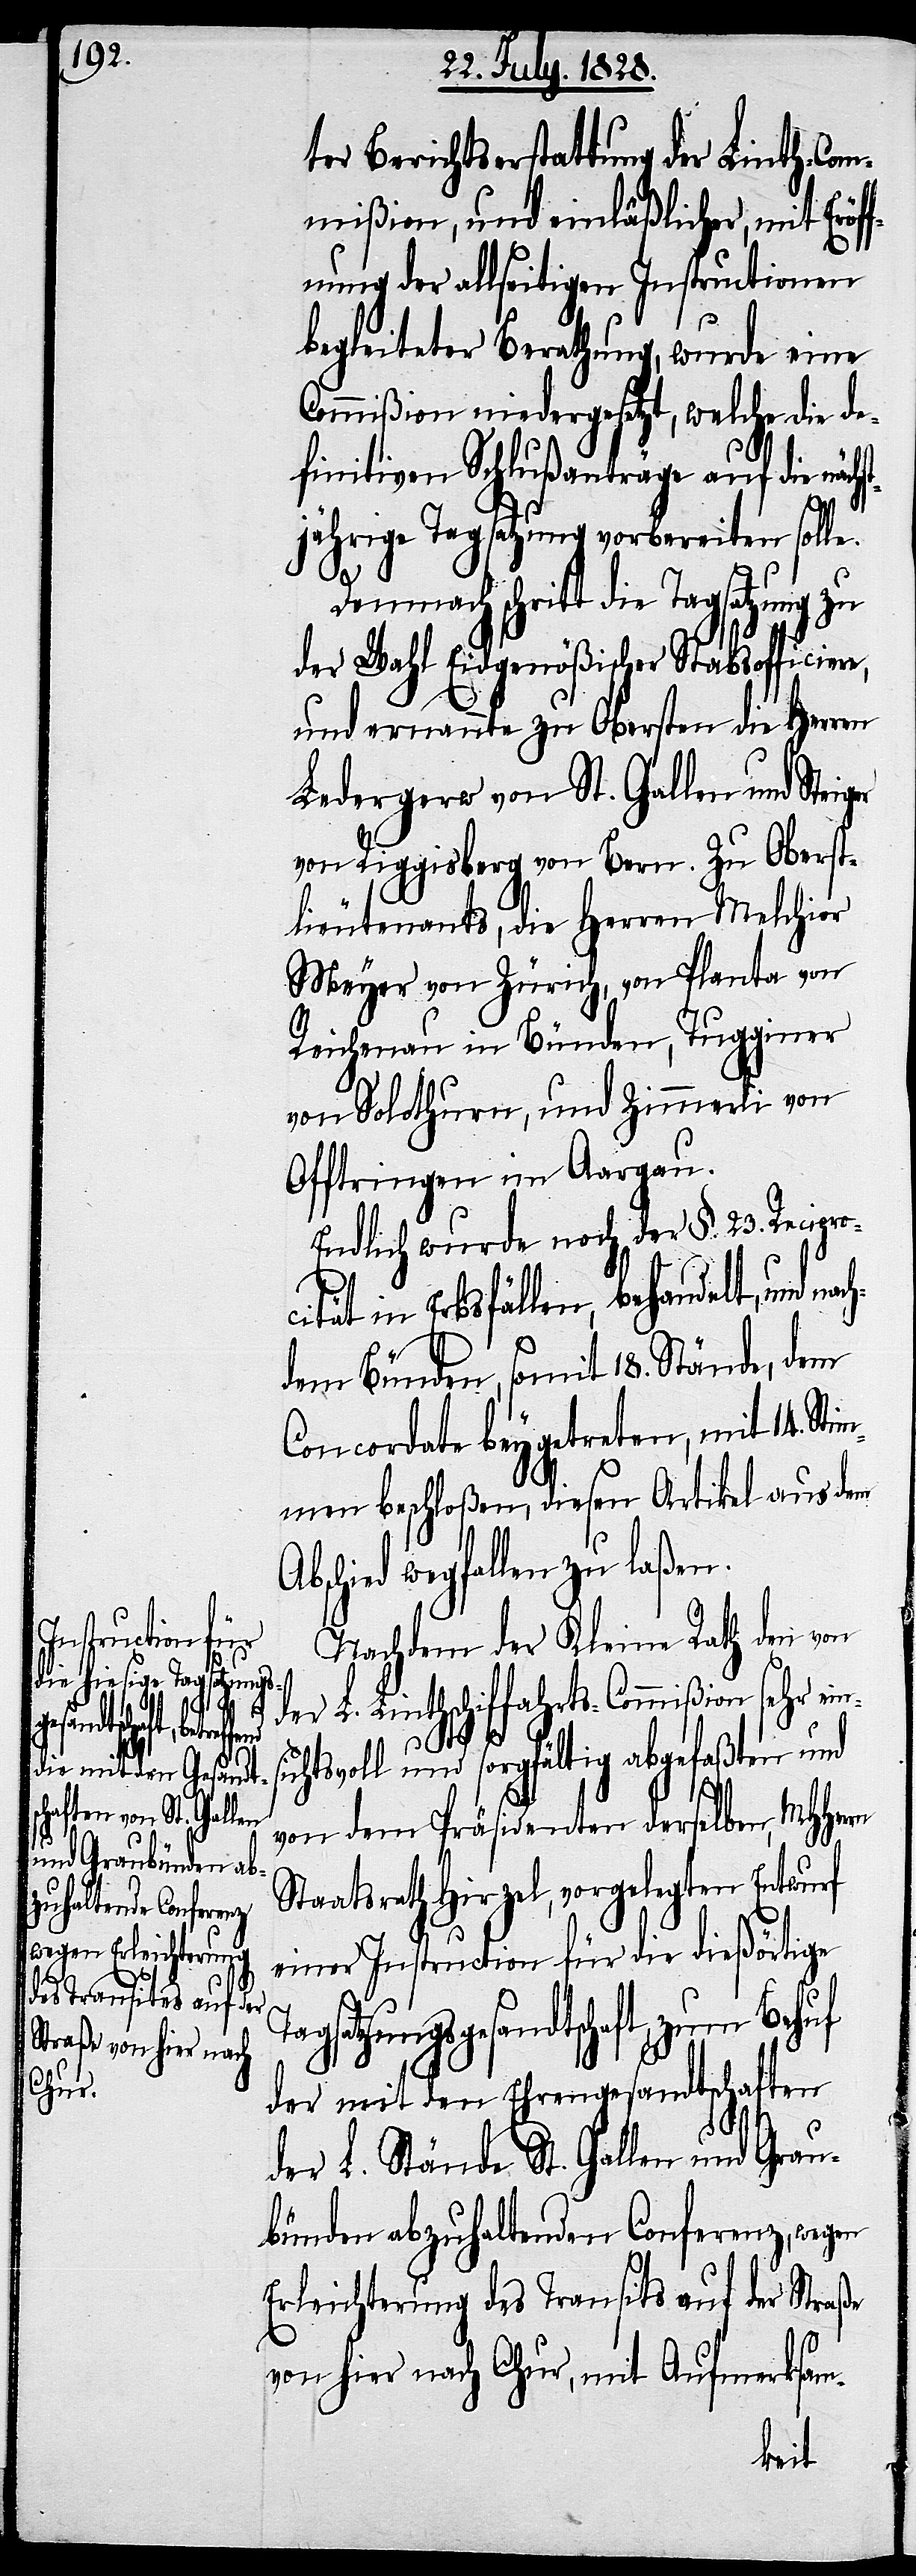
ter Berichtserstattung der Linth-Com¬
mißion, und einläßlicher, mit Eröf¬
fnung der allseitigen Instructionen
begleiteter Berathung, wurde eine
Commißion niedergesetzt, welche die de¬
finitiven Schlußanträge auf die näch¬
jährige Tagsatzung vorbereiten solle.
Ta¬
A¬
Demnach schritt die Tagsatzung zu
der Wahl Eigenößischer Stabsofficiere,
und ernannte zu Obersten die Herren
Ledergerw von St. Gallen und Stei¬
von Riggisberg von Bern. Zu Oberst¬
lieutenants, die Herren Melchior
Meyer von Zürich, von Planta von
Reichenau in Bünden, Tugginer
von Solothurn, und Zimmerli von
Offtringen im Aargau.
Endlich wurde noch der §. 23. Recipro¬
cität in Erbsfällen, behandelt, und na¬
dem Bünden, somit 18. Stände, dem
Concordate beygetreten, mit 14. Sti¬
mmen beschloßen, diesen Artikel aus dem
bscheid wegfallen zu laßen.
[Fortsetzung
Nachdem der Kleine Rath dem von
der L. Linthschiffahrts-Commißion sehr ein¬
sichtsvoll und sorgfältig abgefaßten und
von dem Präsidenten derselben, MHHerrn
Staatsrath Hirzel, vorgelegten Entwurf
einer Instruction für die dießörtige
gsatzungsgesandtschaft, zum Behuf
der mit den Ehrengesandtschaften
st¬
der L. Stände St. Gallen und Grau¬
bünden abzuhaltenden Conferenz, wegen
Erleichterung des Transits auf der Straße
von hier nach Chur, und Aufmerksam-